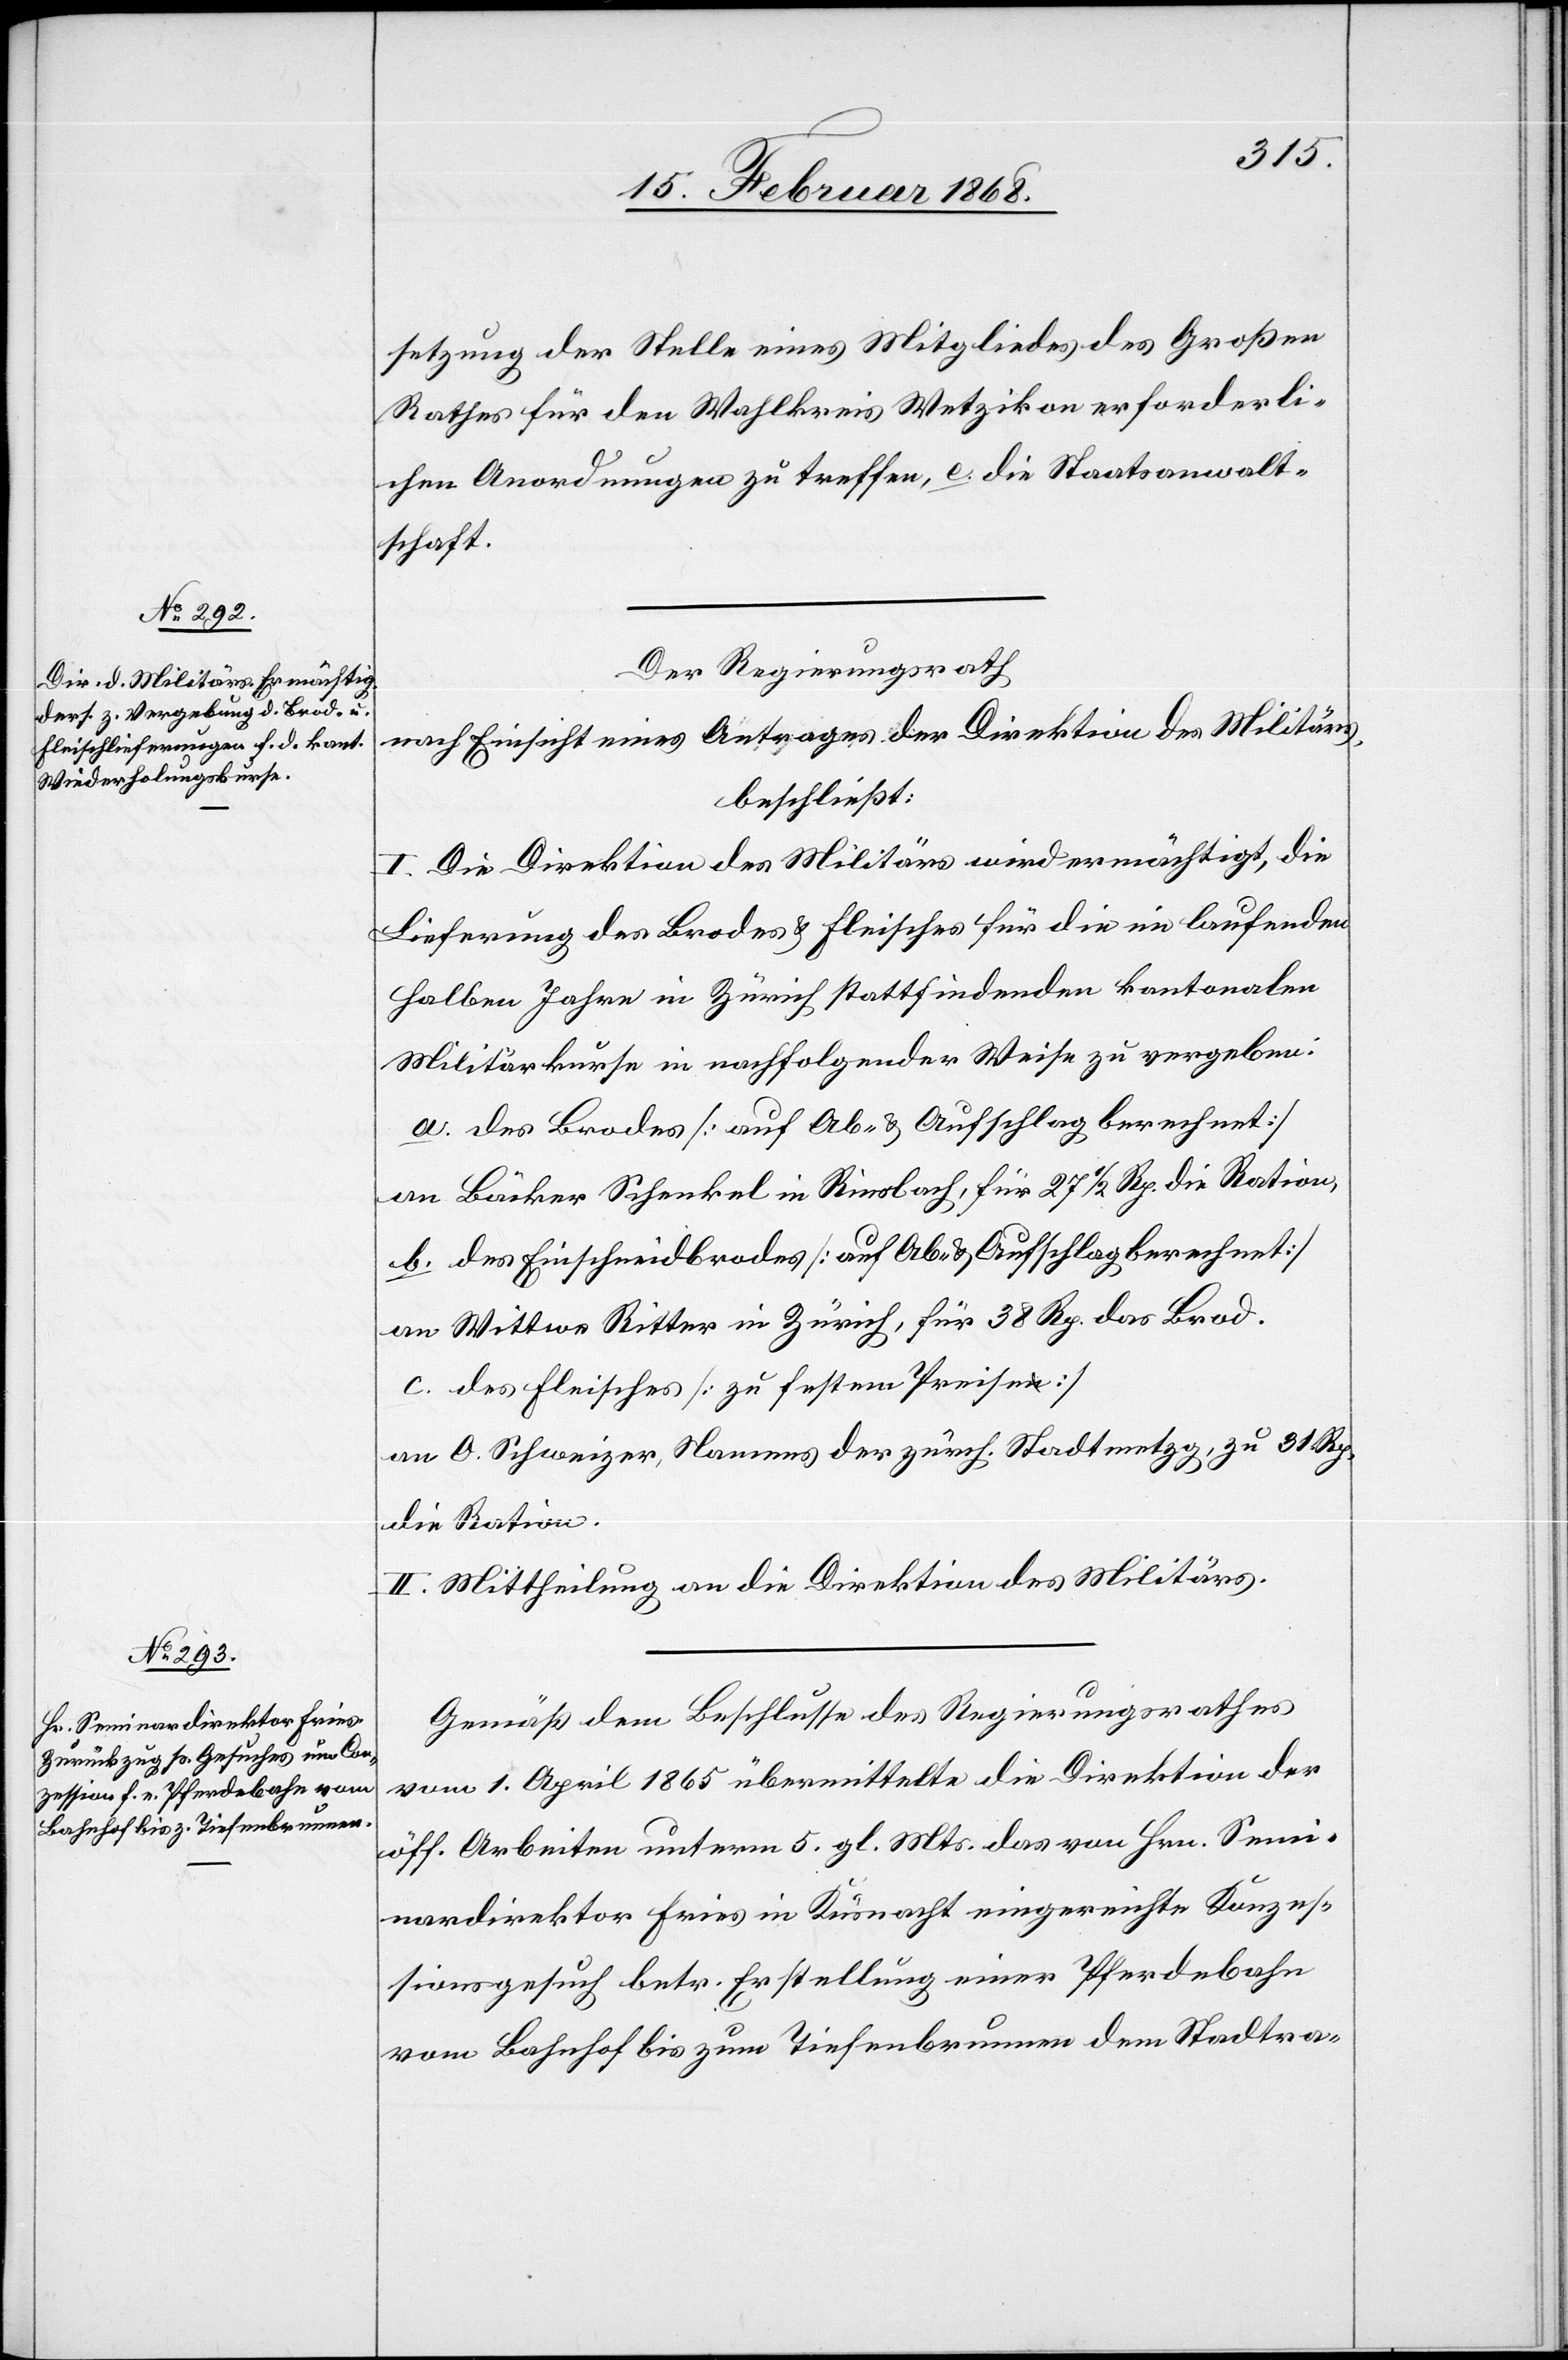
setzung der Stelle eines Mitgliedes des Großen
Rathes für den Wahlkreis Wetzikon erforderli¬
chen Anordnungen zu treffen, e. die Staatsanwalt¬
schaft.
Der Regierungsrath
nach Einsicht eines Antrages der Direktion des Militärs,
beschließt:
I. Die Direktion des Militärs wird ermächtigt, die
Lieferung des Brodes & Fleisches für die im laufenden
halben Jahre in Zürich stattfindenden kantonalen
Militärkurse in nachfolgender Weise zu vergeben:
a. des Brodes [auf Ab- & Aufschlag berechnet]
an Bäcker Schenkel in Riesbach, für 27 1/2 Rp. die Ration,
b. des Einschneidbrodes [auf Ab- & Aufschlag berechnet]
an Wittwe Ritter in Zürich, für 38 Rp. das Brod.
c. des Fleisches [zu festem Preise]
an O. Schweizer, Namens der zürch. Stadtmetzg, zu 31 Rp.
die Ration.
II. Mittheilung an die Direktion des Militärs.
Gemäß dem Beschlusse des Regierungsrathes
vom 1. April 1865 übermittelte die Direktion der
öff. Arbeiten unterm 5. gl. Mts. das von Hrn. Semi¬
nardirektor Fries in Küsnacht eingereichte Konzes¬
sionsgesuch betr. Erstellung einer Pferdebahn
vom Bahnhof bis zum Tiefenbrunnen dem Stadtra-